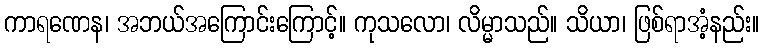
ကာရဏေန၊ အဘယ်အကြောင်းကြောင့်။ ကုသလော၊ လိမ္မာသည်။ သိယာ၊ ဖြစ်ရာအံ့နည်း။